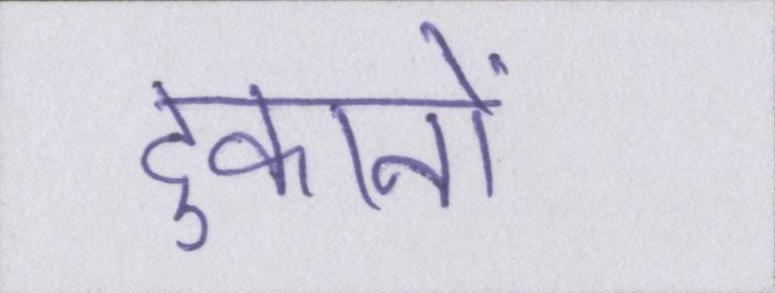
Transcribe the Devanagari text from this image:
दुकानों